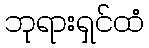
ဘုရားရှင်ထံ